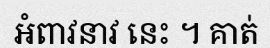
អំពាវនាវ នេះ ។ គាត់